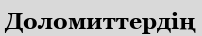
Доломиттердің